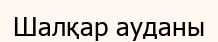
Шалқар ауданы